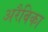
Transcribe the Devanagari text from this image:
अरैबिका